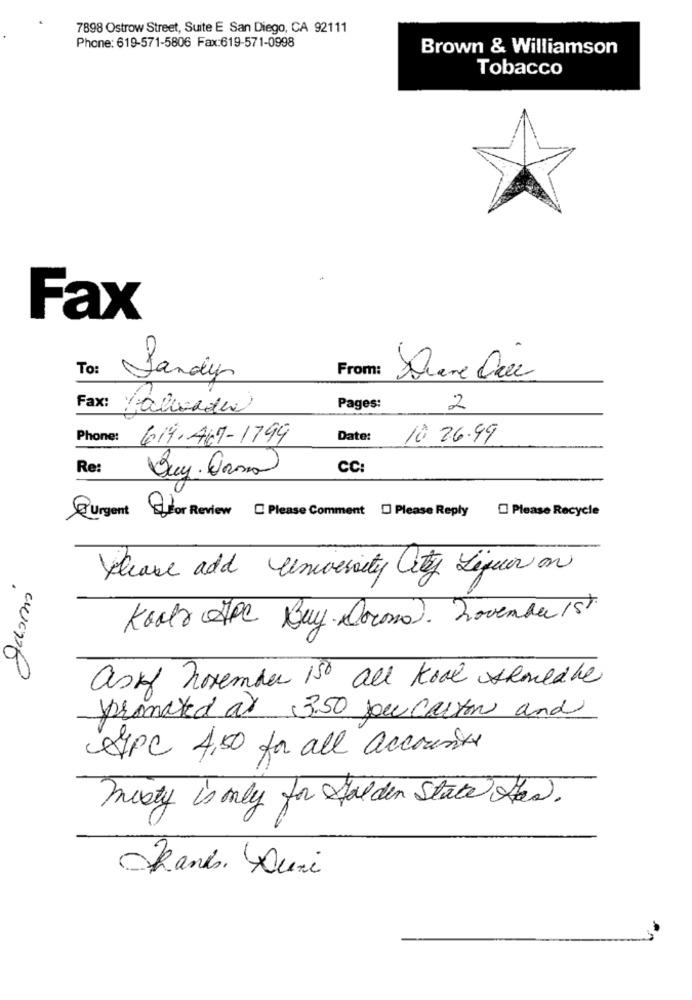
7898 Ostrow Street, Suite E San Diego, CA 92111
Phone: 619-571-5806 Fax:619-571-0998
Brown & Williamson
Tobacco
Fax
To:
From:
Sandy
Fax:
falcade
Pages:
2
Phone:
619.467-1799
Date:
10 26.99
Re:
CC:
Buy. Orna
Please Recycle
Urgent for Review Please Comment [] Please Reply
please add university City Liquor on
Koolr Pe Buy Docomo). november 1st
9
ask november 150 all kool shouldbe
promoted ar 3.50 per carton and
SPC 4,50 for all accounts
misty is only for falden State Has.
Kand Ouri